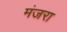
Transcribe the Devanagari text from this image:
मंजरा